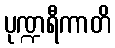
ပုဏ္ဍရီကာတိ